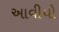
આવીયો